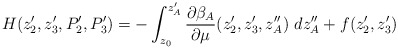
\begin{align*}H(z'_2,z'_3, P'_2,P'_3) = -\int_{z_0}^{z'_A}\frac{\partial\beta_A}{\partial \mu}(z'_2,z'_3,z''_A) ~d z''_A + f(z'_2, z'_3)\end{align*}